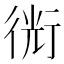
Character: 𧗯